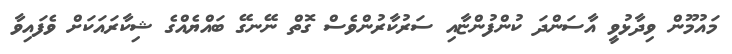
މައުމޫން ވިދާޅުވީ އާސަންދަ ކުންފުންޏާއި ސަރުކާރުންވެސް ގޮތް ނޭނގޭ ބައްޔެއްގެ ޝިކާރައަކަށް ވެފައިވާ